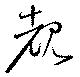
覩